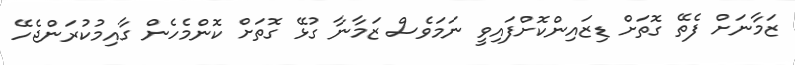
ޒަމާނަށް ފެތޭ ގޮތަށް ޑިޒައިންކޮށްފައިވީ ނަމަވެސް ޒަމާނާ ގުޅޭ ގޮތަށް ކޮންމެހެން ގާއިމުކުރަންޖެހޭ